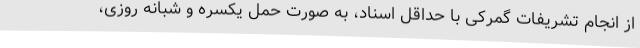
از انجام تشریفات گمرکی با حداقل اسناد، به صورت حمل یکسره و شبانه روزی،